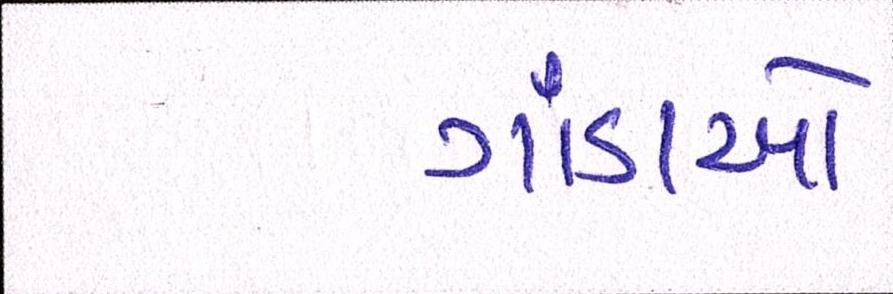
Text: ગાંડાઓ